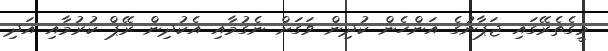
މީގެތެރޭގައި ޖަޕާނުގެ އަންހެން ކުދިން ވަގަށް ނެގުމާއި އެކުދިން ރޭޕް ކުރުމާއި އަދި